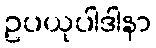
ဥပယုပါဒါနာ